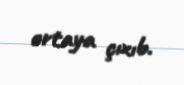
ortaya çıxıb.